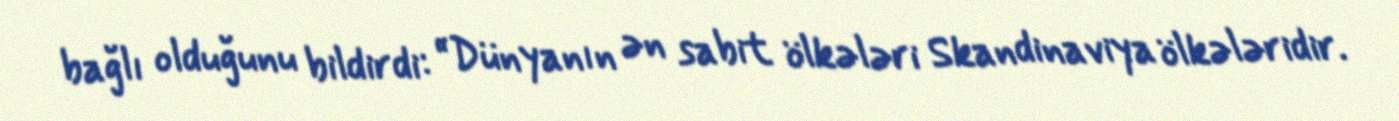
bağlı olduğunu bildirdi: “Dünyanın ən sabit ölkələri Skandinaviya ölkələridir.